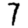
Digit: 7